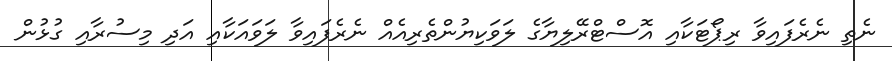
ނެތި ނެރެފައިވާ ރިޕޯޓަކާއި އޮސްޓްރޭލިޔާގެ ލަވަކިޔުންތެރިއެއް ނެރެފައިވާ ލަވައަކާއި އަދި މިސުރާއި ގުޅުން